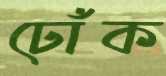
ঢোঁক